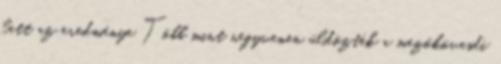
lett az eredménye Több mint negyvenen üldözték a mezőkövesdi